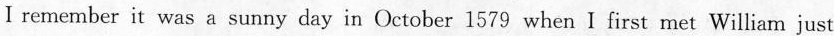
I remember it was a sunny day in October 1579 when I first met William just